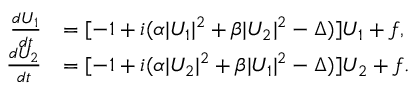
\begin{array} { r l } { \frac { d U _ { 1 } } { d t } } & { = [ - 1 + i ( \alpha \vert U _ { 1 } \vert ^ { 2 } + \beta \vert U _ { 2 } \vert ^ { 2 } - \Delta ) ] U _ { 1 } + f , } \\ { \frac { d U _ { 2 } } { d t } } & { = [ - 1 + i ( \alpha \vert U _ { 2 } \vert ^ { 2 } + \beta \vert U _ { 1 } \vert ^ { 2 } - \Delta ) ] U _ { 2 } + f . } \end{array}